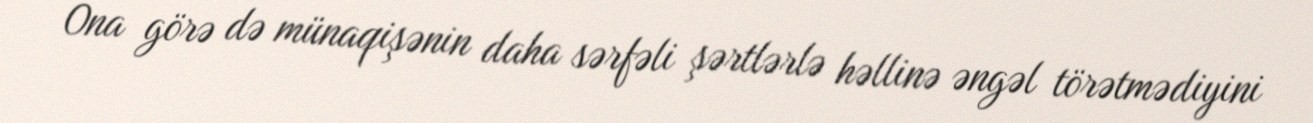
Ona görə də münaqişənin daha sərfəli şərtlərlə həllinə əngəl törətmədiyini